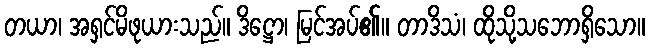
တယာ၊ အရှင်မိဖုယားသည်။ ဒိဋ္ဌော၊ မြင်အပ်၏။ တာဒိသံ၊ ထိုသို့သဘောရှိသော။